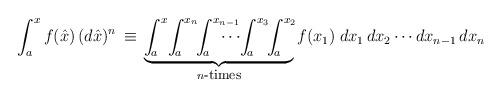
LaTeX: \begin{align*}\int_a^x f(\hat{x})\,(d\hat{x})^n\,\equiv\,\underbrace{\int^{x}_{\!a}\!\int^{x_n}_{\!a}\!\! \int^{x_{n-1}}_{\!a}\!\!\!\!\!\!\!\!\cdots\!\int^{x_3}_{\!a} \!\!\int^{x_2}_{\!a}\!}_{n \mbox{\footnotesize-times}} f(x_1) \;dx_1\,dx_2 \cdots dx_{n-1}\,dx_n\end{align*}